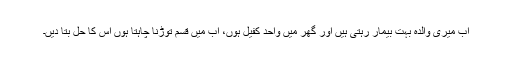
اب میری والدہ بہت بیمار رہتی ہیں اور گھر میں واحد کفیل ہوں، اب میں قسم توڑنا چاہتا ہوں اس کا حل بتا دیں۔